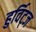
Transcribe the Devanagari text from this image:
हुर्विट्ज